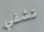
تشفي